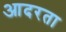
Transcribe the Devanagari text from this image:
आदरता